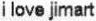
I LOVE JIMART